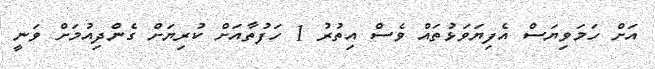
އަށް ހަމަވިޔަސް އެފިޔަވަޅުތައް ވެސް އިތުރު 1 ހަފުތާއަށް ކުރިޔަށް ގެންދިއުމަށް ވަނީ